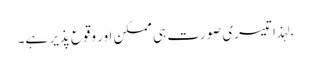
، لہذا تیسری صورت ہی ممکن اور وقوع پذیر ہے۔